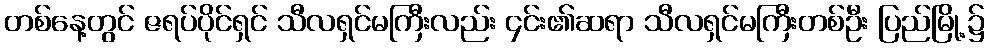
တစ်နေ့တွင် ဇရပ်ပိုင်ရှင် သီလရှင်မကြီးလည်း ၄င်း၏ဆရာ သီလရှင်မကြီးတစ်ဦး ပြည်မြို့၌